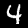
Digit: 4